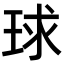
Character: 球